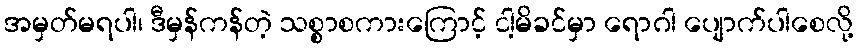
အမှတ်မရပါ၊ ဒီမှန်ကန်တဲ့ သစ္စာစကားကြောင့် ငါ့မိခင်မှာ ရောဂါ ပျောက်ပါစေလို့